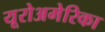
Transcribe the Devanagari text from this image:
यूरोअमेरिका